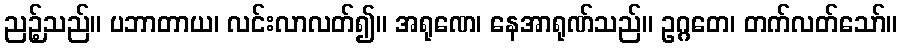
ညဉ့်သည်။ ပဘာတာယ၊ လင်းလာလတ်၍။ အရုဏေ၊ နေအာရုဏ်သည်။ ဥဂ္ဂတေ၊ တက်လတ်သော်။